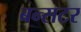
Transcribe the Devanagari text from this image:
बन्सटर